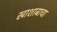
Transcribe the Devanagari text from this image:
खाशाबाचा